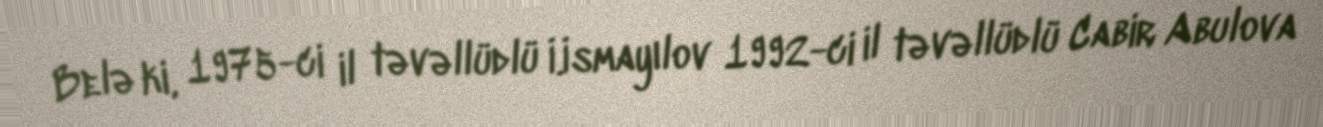
Belə ki, 1975-ci il təvəllüdlü İ.İsmayılov 1992-ci il təvəllüdlü Cabir Abulova